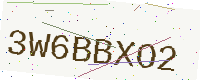
Text: 3W6BBXO2